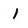
Character: 1